Vaccination in Bombay 1889-1901 - 1889-1901
Year: 1889
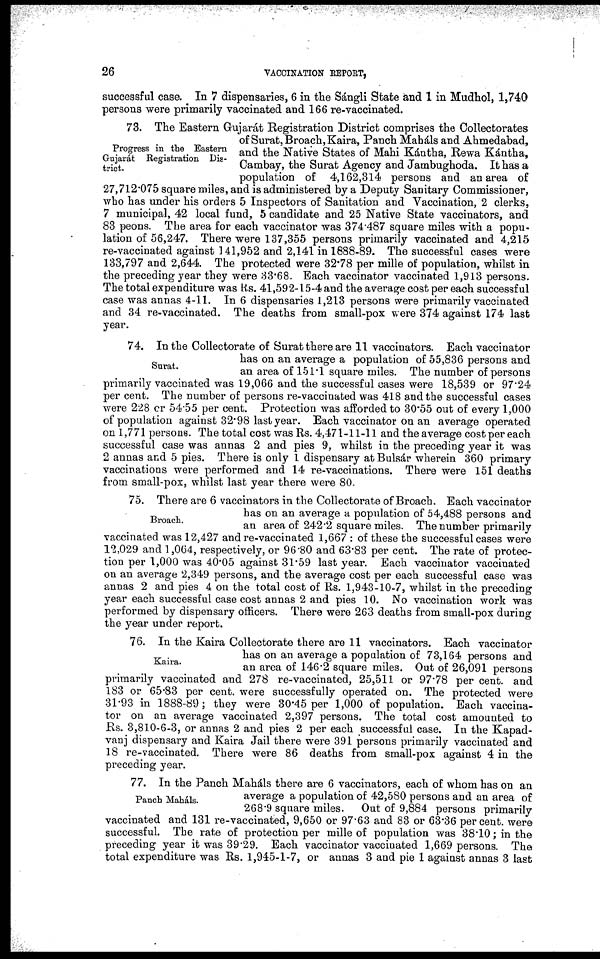
26
VACCINATION REPORT,
successful case. In 7 dispensaries, 6 in the Sángli State and 1 in Mudhol, 1,740
persons were primarily vaccinated and 166 re-vaccinated.
Progress in the Eastern
Gujarát Registration Dis-
trict.
73. The Eastern Gujarát Registration District comprises the Collectorates
of Surat, Broach, Kaira, Panch Maháls and Ahmedabad,
and the Native States of Mahi Kántha, Rewa Kántha,
Cambay, the Surat Agency and Jambughoda. It has a
population of 4,162,314 persons and an area of
27,712.075 square miles, and is administered by a Deputy Sanitary Commissioner,
who has under his orders 5 Inspectors of Sanitation and Vaccination, 2 clerks,
7 municipal, 42 local fund, 5 candidate and 25 Native State vaccinators, and
83 peons. The area for each vaccinator was 374.487 square miles with a popu-
lation of 56,247. There were 137,355 persons primarily vaccinated and 4,215
re-vaccinated against 141,952 and 2,141 in 1888-89. The successful cases were
133,797 and 2,644. The protected were 32.78 per mille of population, whilst in
the preceding year they were 33.68. Each vaccinator vaccinated 1,913 persons.
The total expenditure was Rs. 41,592-15-4 and the average cost per each successful
case was annas 4-11. In 6 dispensaries 1,213 persons were primarily vaccinated
and 34 re-vaccinated. The deaths from small-pox were 374 against 174 last
year.
Surat.
74. In the Collectorate of Surat there are 11 vaccinators. Each vaccinator
has on an average a population of 55,836 persons and
an area of 151.1 square miles. The number of persons
primarily vaccinated was 19,066 and the successful cases were 18,539 or 97.24
per cent. The number of persons re-vaccinated was 418 and the successful cases
were 228 or 54.55 per cent. Protection was afforded to 30.55 out of every 1,000
of population against 32.98 last year. Each vaccinator on an average operated
on 1,771 persons. The total cost was Rs. 4,471-11-11 and the average cost per each
successful case was annas 2 and pies 9, whilst in the preceding year it was
2 annas and 5 pies. There is only 1 dispensary at Bulsár wherein 360 primary
vaccinations were performed and 14 re-vaccinations. There were 151 deaths
from small-pox, whilst last year there were 80.
Broach.
75. There are 6 vaccinators in the Collectorate of Broach. Each vaccinator
has on an average a population of 54,488 persons and
an area of 242.2 square miles. The number primarily
vaccinated was 12,427 and re-vaccinated 1,667 : of these the successful cases were
12,029 and 1,064, respectively, or 96.80 and 63.83 per cent. The rate of protec-
tion per 1,000 was 40.05 against 31.59 last year. Each vaccinator vaccinated
on an average 2,349 persons, and the average cost per each successful case was
annas 2 and pies 4 on the total cost of Rs. 1,943-10-7, whilst in the preceding
year each successful case cost annas 2 and pies 10. No vaccination work was
performed by dispensary officers. There were 263 deaths from small-pox during
the year under report.
Kaira.
76. In the Kaira Collectorate there are 11 vaccinators. Each vaccinator
has on an average a population of 73,164 persons and
an area of 146.2 square miles. Out of 26,091 persons
primarily vaccinated and 278 re-vaccinated, 25,511 or 97.78 per cent. and
183 or 65.83 per cent. were successfully operated on. The protected were
31.93 in 1888-89; they were 30.45 per 1,000 of population. Each vaccina-
tor on an average vaccinated 2,397 persons. The total cost amounted to
Rs. 3,810-6-3, or annas 2 and pies 2 per each successful case. In the Kapad-
vanj dispensary and Kaira Jail there were 391 persons primarily vaccinated and
18 re-vaccinated. There were 86 deaths from small-pox against 4 in the
preceding year.
Panch Maháls.
77. In the Panch Maháls there are 6 vaccinators, each of whom has on an
average a population of 42,580 persons and an area of
268.9 square miles. Out of 9,884 persons primarily
vaccinated and 131 re-vaccinated, 9,650 or 97.63 and 83 or 63.36 per cent. were
successful. The rate of protection per mille of population was 38.10; in the
preceding year it was 39.29. Each vaccinator vaccinated 1,669 persons. The
total expenditure was Rs. 1,945-1-7, or annas 3 and pie 1 against annas 3 last